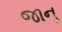
જાનૂ